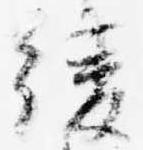
綾